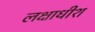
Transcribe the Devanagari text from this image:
लक्षाधीश